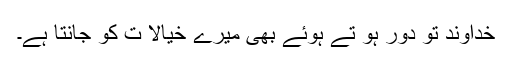
خداوند تُو دُور ہو تے ہوئے بھی میرے خیالا ت کو جانتا ہے۔